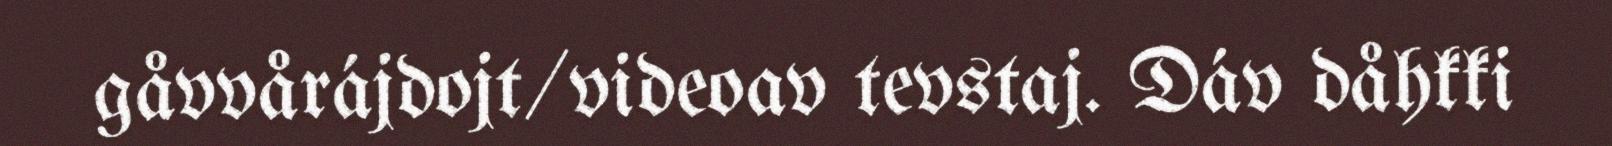
gåvvårájdojt/videoav tevstaj. Dáv dåhkki